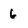
Character: 6